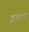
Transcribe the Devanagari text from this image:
इड़वा